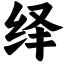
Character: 绎